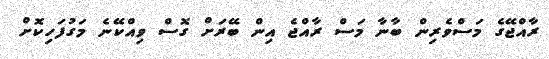
ރާއްޖޭގެ މަސްވެރިން ބާނާ މަސް ރާއްޖެ އިން ބޭރަށް ގޮސް ވިއްކޭނެ މަގުފަހިކޮށް